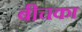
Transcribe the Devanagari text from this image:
बीचका